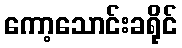
ကော့သောင်းခရိုင်